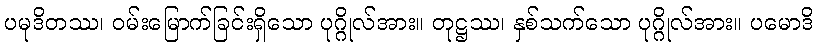
ပမုဒိတဿ၊ ဝမ်းမြောက်ခြင်းရှိသော ပုဂ္ဂိုလ်အား။ တုဋ္ဌဿ၊ နှစ်သက်သော ပုဂ္ဂိုလ်အား။ ပမောဒိ